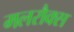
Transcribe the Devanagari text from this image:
मलरौक्स